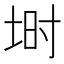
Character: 埘